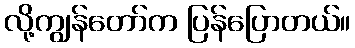
လို့ကျွန်တော်က ပြန်ပြောတယ်။